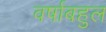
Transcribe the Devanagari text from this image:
वर्षाबहुल